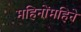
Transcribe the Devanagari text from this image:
महिनोंमहिने